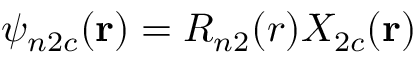
\psi _ { n 2 c } ( \mathbf { r } ) = R _ { n 2 } ( r ) X _ { 2 c } ( \mathbf { r } )